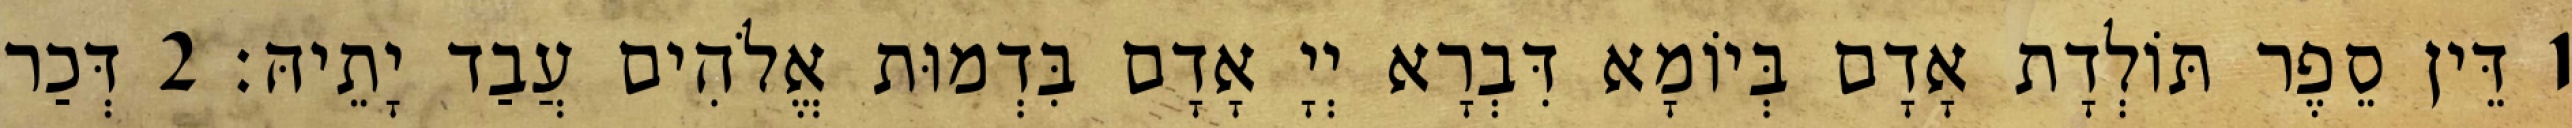
1 דֵּין סֵפֶר תּוֹלְדָת אָדָם בְּיוֹמָא דִּבְרָא יְיָ אָדָם בִּדְמוּת אֱלֹהִים עֲבַד יָתֵיהּ׃ 2 דְּכַר